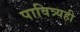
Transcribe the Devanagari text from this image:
पावित्र्यही